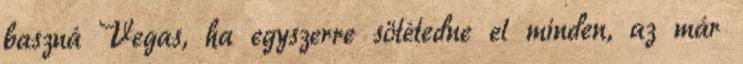
baszná Vegas, ha egyszerre sötétedne el minden, az már